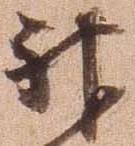
神